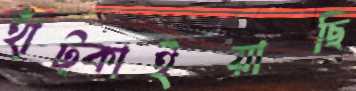
হাঁট্‌কাইয়াছি